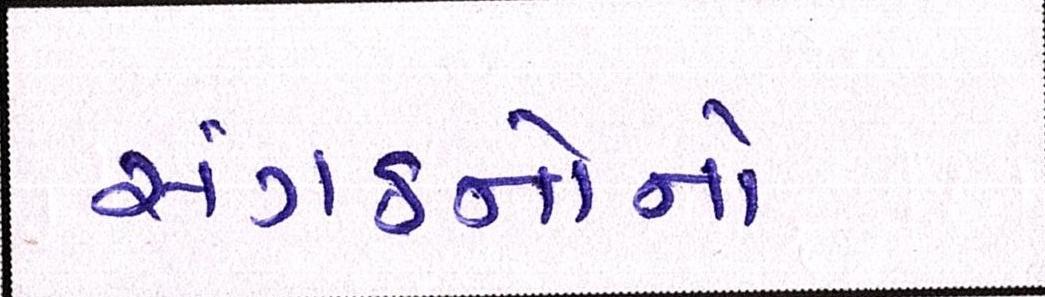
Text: સંગઠનોનો